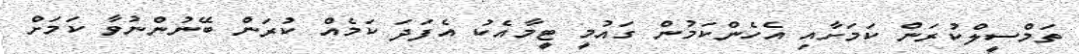
ތަމްސީލްކުރަން ކަމަށާއި އެހެންކަމުން ގައުމީ ޓީމާއެކު އެފަދަ ކަމެއް ކުރަން ބޭނުންނުވާ ކަމަށް